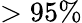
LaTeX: >95\%